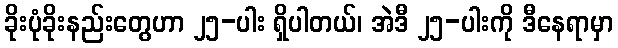
ခိုးပုံခိုးနည်းတွေဟာ ၂၅-ပါး ရှိပါတယ်၊ အဲဒီ ၂၅-ပါးကို ဒီနေရာမှာ